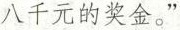
八千元的奖金。”